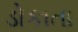
ડોકાતા